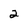
Character: 2